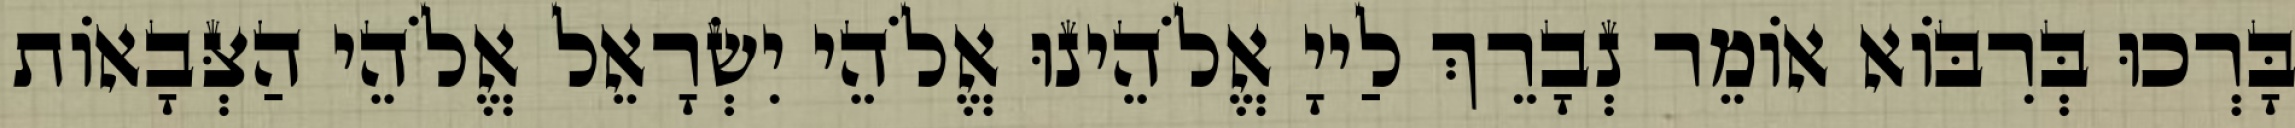
בָּרְכוּ בְּרִבּוֹא אוֹמֵר נְבָרֵךְ לַייָ אֱלֹהֵינוּ אֱלֹהֵי יִשְׂרָאֵל אֱלֹהֵי הַצְּבָאוֹת